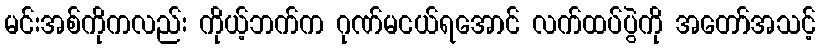
မင်းအစ်ကိုကလည်း ကိုယ့်ဘက်က ဂုဏ်မငယ်ရအောင် လက်ထပ်ပွဲကို အတော်အသင့်